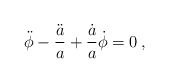
\begin{align*}\ddot{\phi} - \frac{\ddot a}{a} + \frac{\dot a}{a} \dot \phi = 0 \>,\end{align*}